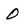
Character: 0